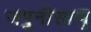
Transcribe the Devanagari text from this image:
जपुनीसाणु